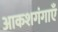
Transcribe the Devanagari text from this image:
आकशगंगाएँ